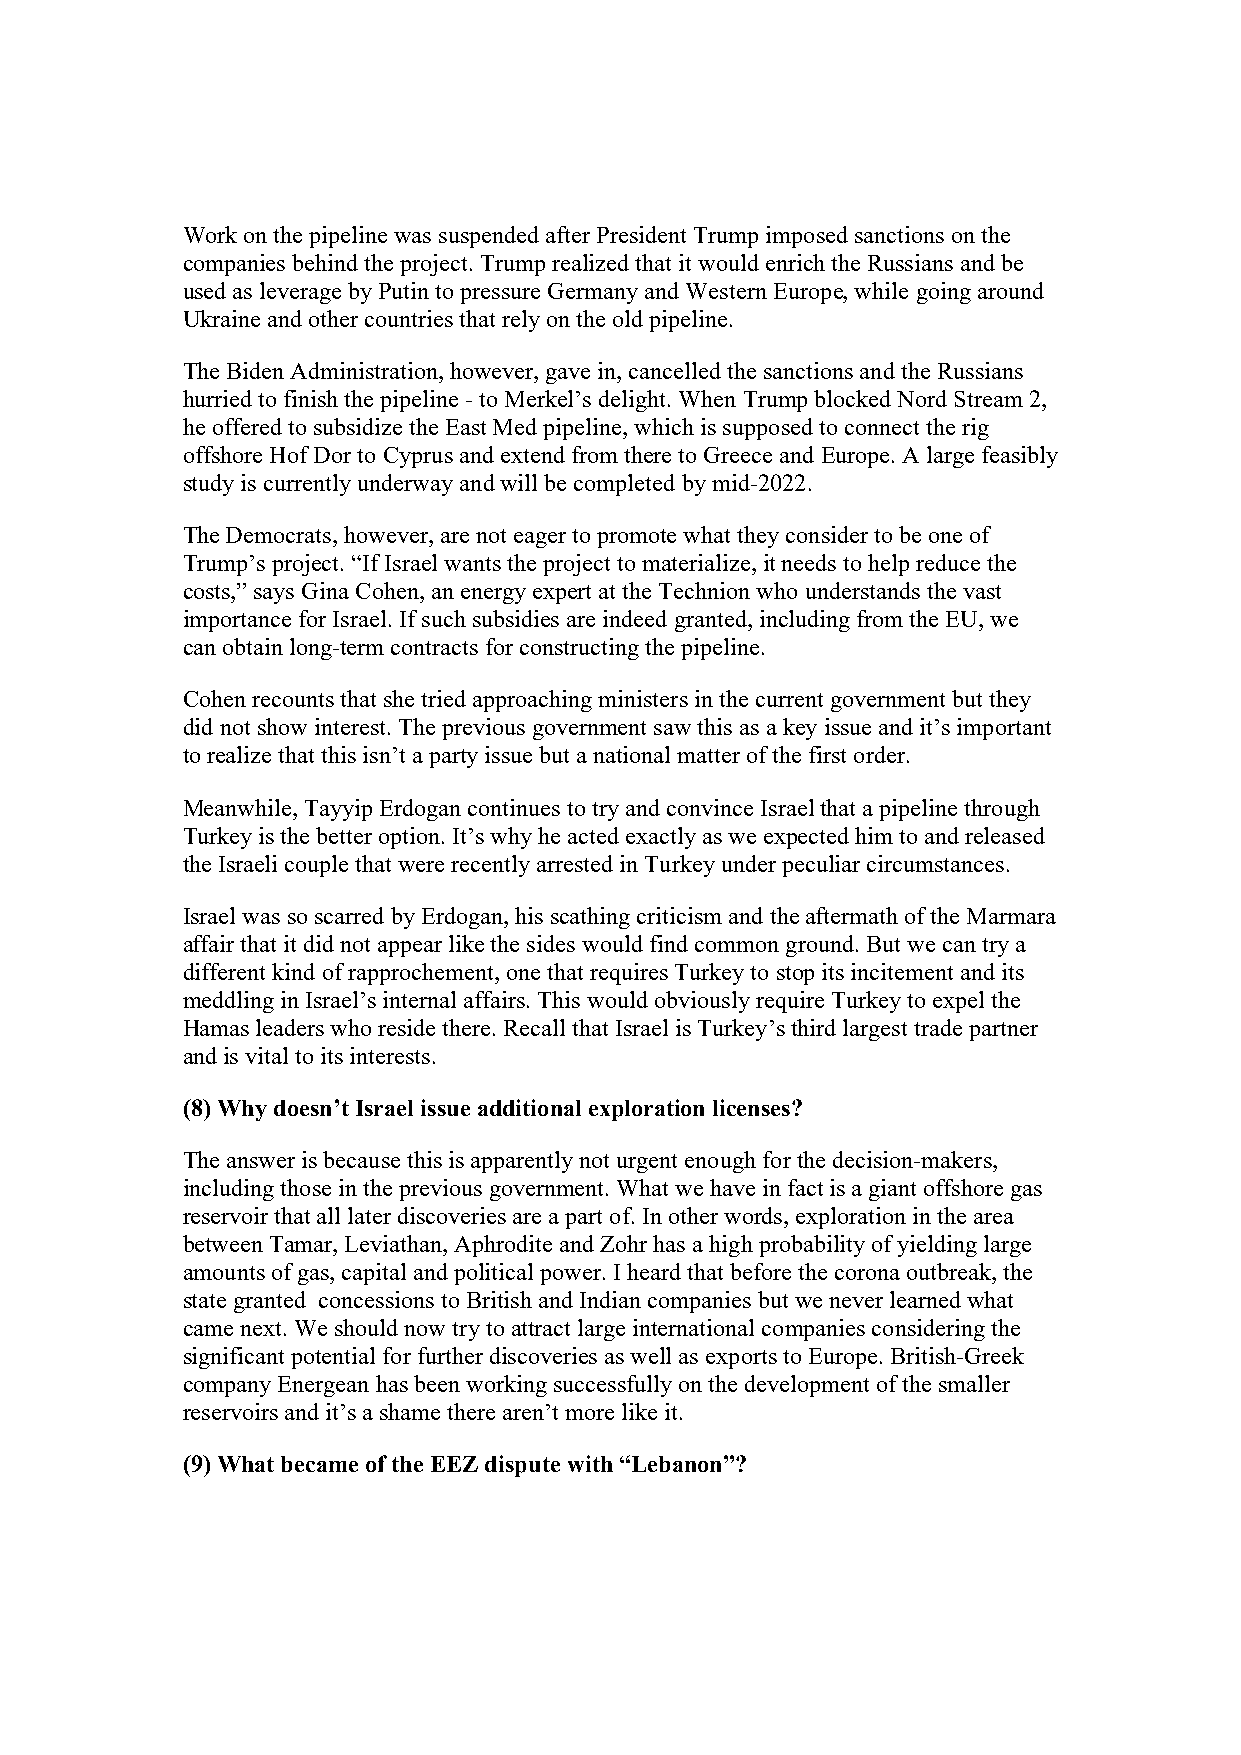
Work on the pipeline was suspended after President Trump imposed sanctions on the
 companies behind the project. Trump realized that it would enrich the Russians and be
 used as leverage by Putin to pressure Germany and Western Europe, while going around
 Ukraine and other countries that rely on the old pipeline.
 The Biden Administration, however, gave in, cancelled the sanctions and the Russians
 hurried to finish the pipeline - to Merkel’s delight. When Trump blocked Nord Stream 2,
 he offered to subsidize the East Med pipeline, which is supposed to connect the rig
 offshore Hof Dor to Cyprus and extend from there to Greece and Europe. A large feasibly
 study is currently underway and will be completed by mid-2022.
 The Democrats, however, are not eager to promote what they consider to be one of
 Trump’s project. “If Israel wants the project to materialize, it needs to help reduce the
 costs,” says Gina Cohen, an energy expert at the Technion who understands the vast
 importance for Israel. If such subsidies are indeed granted, including from the EU, we
 can obtain long-term contracts for constructing the pipeline.
 Cohen recounts that she tried approaching ministers in the current government but they
 did not show interest. The previous government saw this as a key issue and it’s important
 to realize that this isn’t a party issue but a national matter of the first order.
 Meanwhile, Tayyip Erdogan continues to try and convince Israel that a pipeline through
 Turkey is the better option. It’s why he acted exactly as we expected him to and released
 the Israeli couple that were recently arrested in Turkey under peculiar circumstances.
 Israel was so scarred by Erdogan, his scathing criticism and the aftermath of the Marmara
 affair that it did not appear like the sides would find common ground. But we can try a
 different kind of rapprochement, one that requires Turkey to stop its incitement and its
 meddling in Israel’s internal affairs. This would obviously require Turkey to expel the
 Hamas leaders who reside there. Recall that Israel is Turkey’s third largest trade partner
 and is vital to its interests.
 (8) Why doesn’t Israel issue additional exploration licenses?
 The answer is because this is apparently not urgent enough for the decision-makers,
 including those in the previous government. What we have in fact is a giant offshore gas
 reservoir that all later discoveries are a part of. In other words, exploration in the area
 between Tamar, Leviathan, Aphrodite and Zohr has a high probability of yielding large
 amounts of gas, capital and political power. I heard that before the corona outbreak, the
 state granted concessions to British and Indian companies but we never learned what
 came next. We should now try to attract large international companies considering the
 significant potential for further discoveries as well as exports to Europe. British-Greek
 company Energean has been working successfully on the development of the smaller
 reservoirs and it’s a shame there aren’t more like it.
 (9) What became of the EEZ dispute with “Lebanon”?